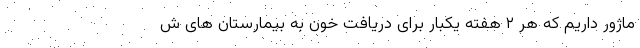
ماژور داریم که هر ۲ هفته یکبار برای دریافت خون به بیمارستان های ش